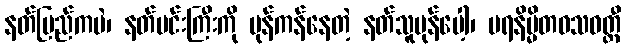
နတ်ပြည်ကပဲ၊ နတ်မင်းကြီးကို ပုန်ကန်နေတဲ့ နတ်သူပုန်ပေါ့၊ ပရနိမ္မိတဝသဝတ္တီ